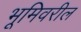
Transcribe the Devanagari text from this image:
भूमिवरील